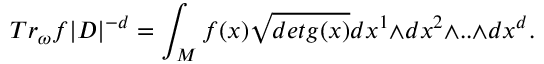
T r _ { \omega } f | D | ^ { - d } = \int _ { M } f ( x ) \sqrt { d e t g ( x ) } d x ^ { 1 } { \wedge } d x ^ { 2 } { \wedge } . . { \wedge } d x ^ { d } .